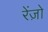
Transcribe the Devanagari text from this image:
रेंज़ो